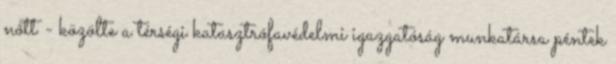
nőtt - közölte a térségi katasztrófavédelmi igazgatóság munkatársa péntek